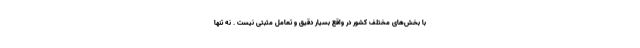
با بخش‌های مختلف کشور در واقع بسیار دقیق و تعامل مثبتی نیست . نه تنها